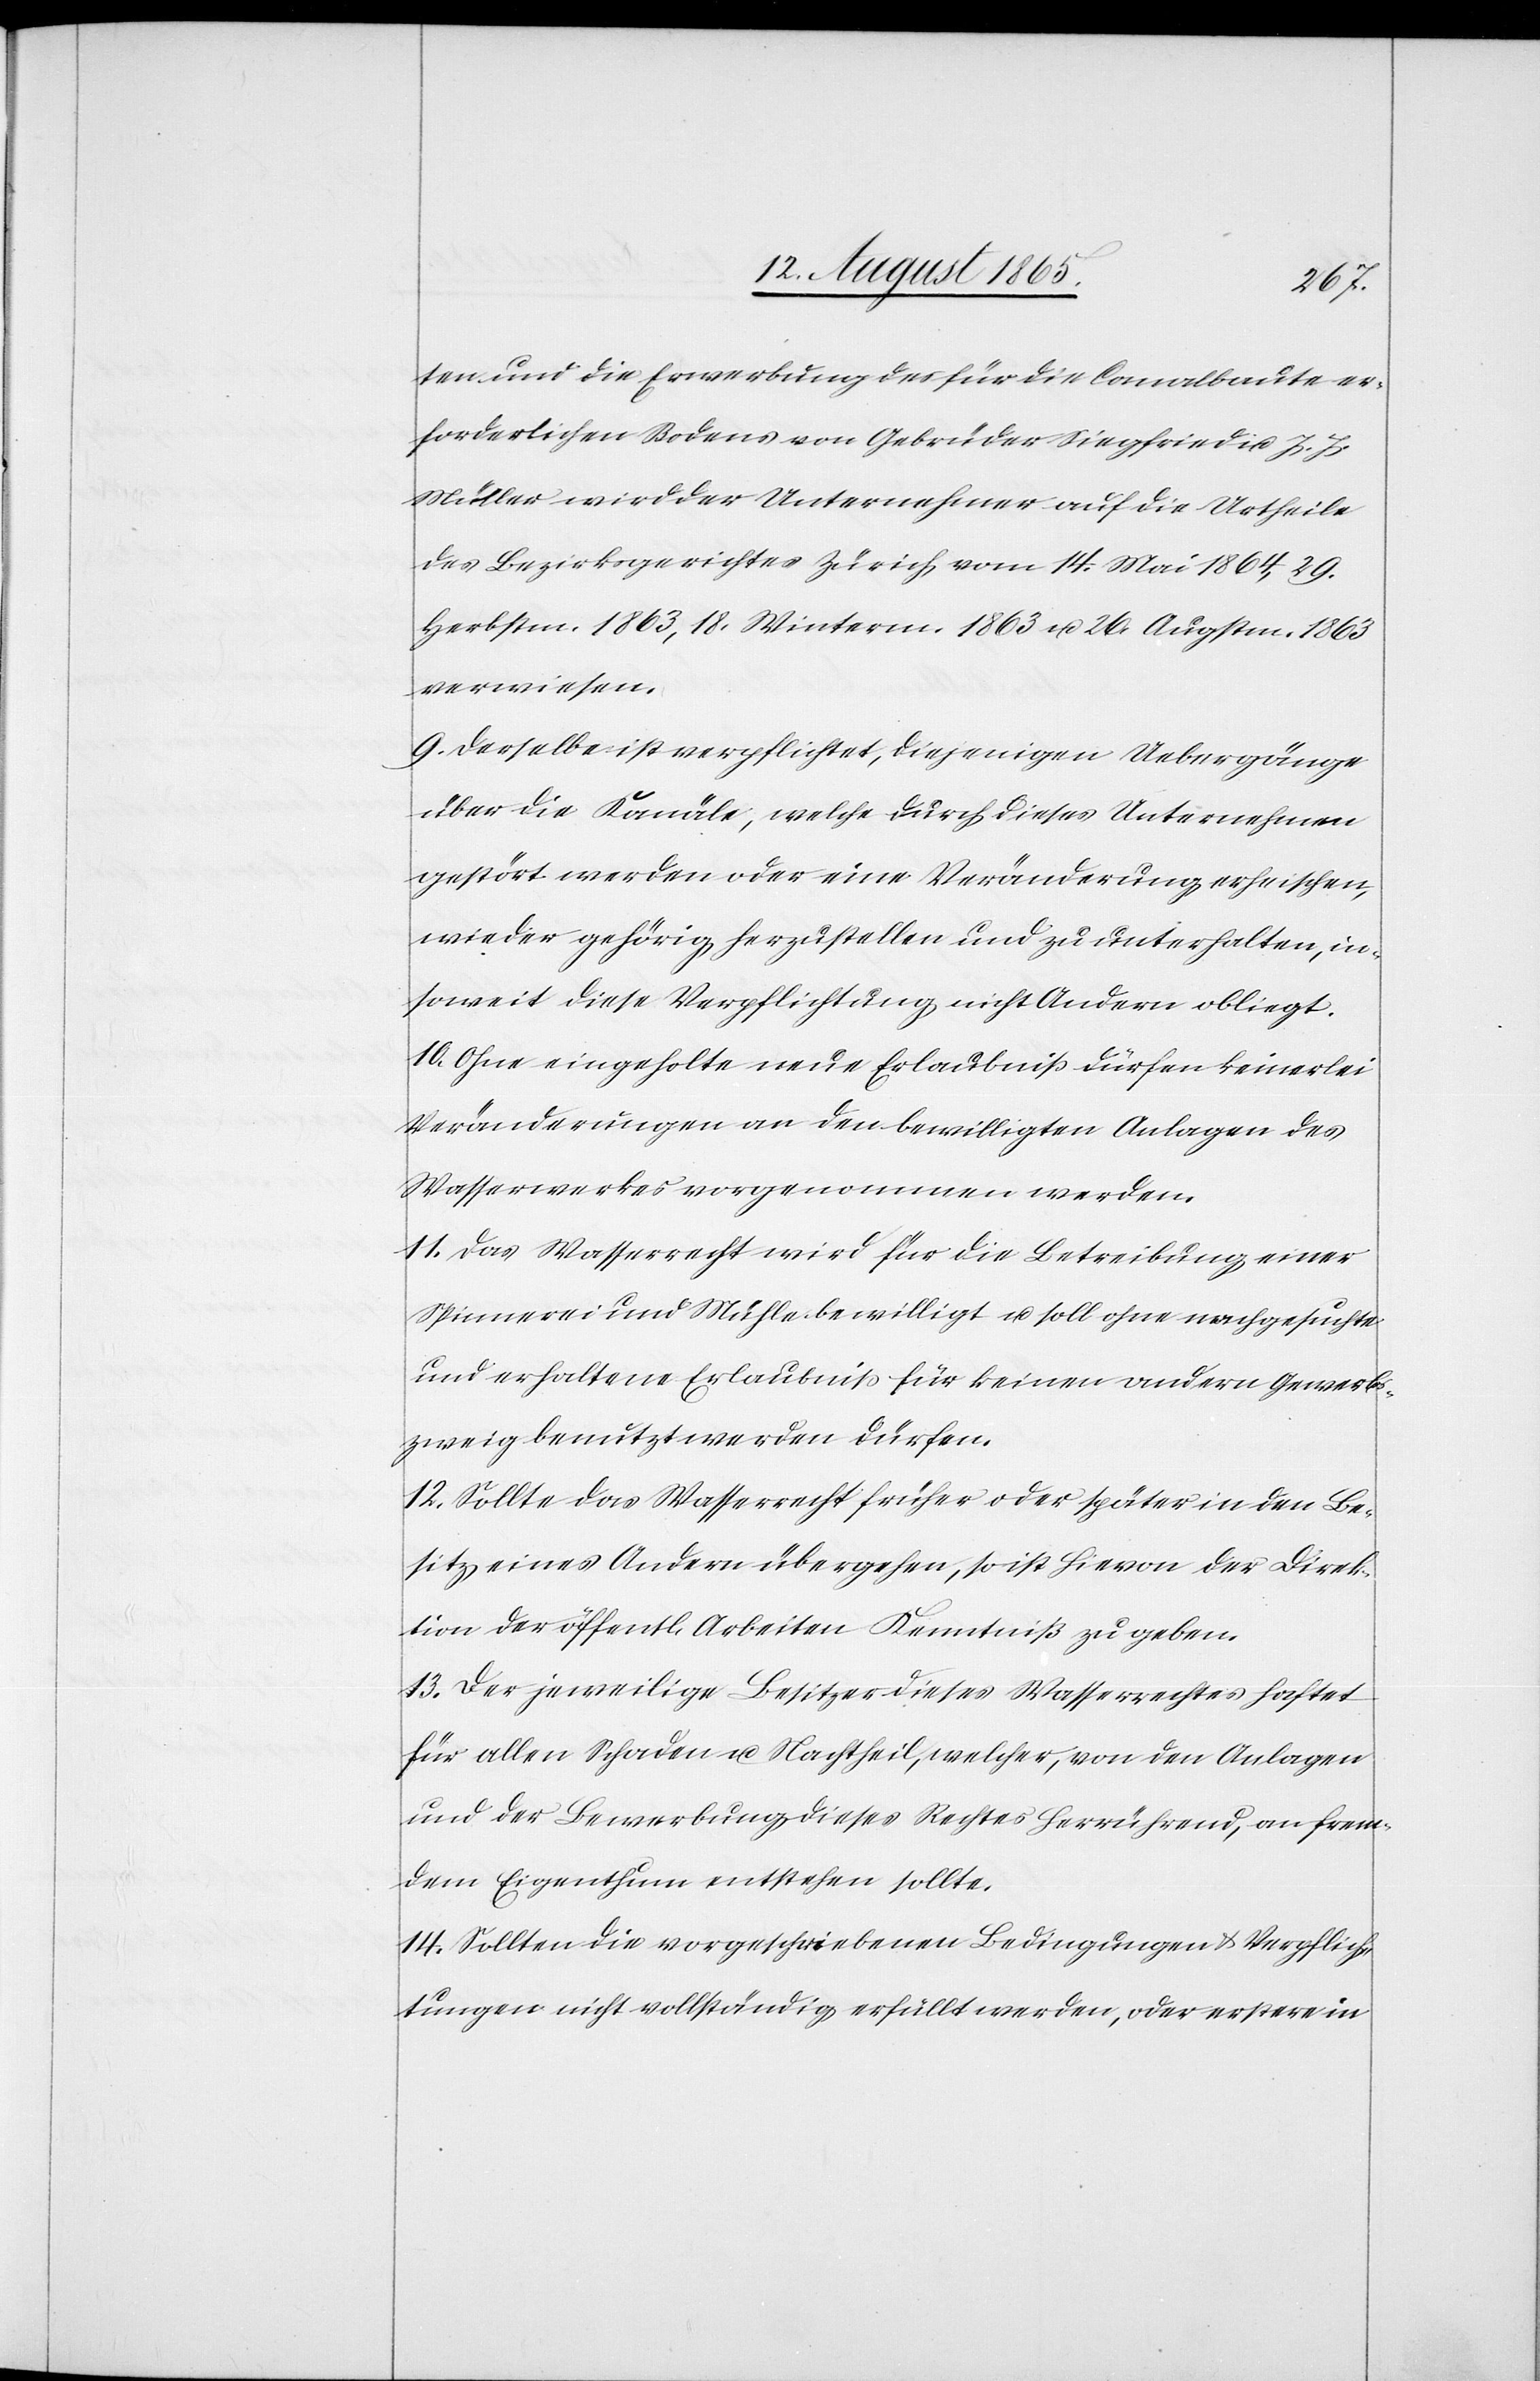
ten und die Erwerbung des für die Canalbaute er¬
forderlichen Bodens von Gebrüder Siegfried u. J. J.
Müller wird der Unternehmer auf die Urtheile
des Bezirksgerichtes Zürich vom 14.Mai 1864, 29.
Herbstm. 1863, 18. Winterm. 1863 u. 26. Augstm. 1863
verwiesen.
9. Derselbe ist verpflichtet, diejenigen Uebergänge
über die Kanäle, welche durch dieses Unternehmen
gestört werden oder eine Veränderung erheischen,
wieder gehörig herzustellen und zu unterhalten, in¬
soweit diese Verpflichtung nicht Andern obliegt.
10. Ohne eingeholte neue Erlaubniß dürfen keinerlei
Veränderungen an den bewilligten Anlagen des
Wasserwerkes vorgenommen werden.
11. Das Wasserrecht wird für die Betreibung einer
Spinnerei und Mühle bewilligt u. soll ohne nachgesuchte
und erhaltene Erlaubniß für keinen andern Gewerbs¬
zweig benutzt werden dürfen.
12. Sollte das Wasserrecht früher oder später in den Be¬
sitz eines Andern übergehen, so ist hievon der Direk¬
tion der öffentl. Arbeiten Kenntniß zu geben.
13. Der jeweilige Besitzer dieses Wasserrechtes haftet
für allen Schaden u. Nachtheil, welcher, von den Anlagen
und der Bewerbung dieses Rechtes herrührend, an frem¬
dem Eigenthum entstehen sollte.
14. Sollten die vorgeschriebenen Bedingungen u. Verpflich¬
tungen nicht vollständig erfüllt werden, oder erstere in